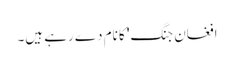
افغان جنگ' کا نام دے رہے ہیں۔